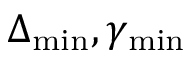
\Delta _ { \mathrm { m i n } } , \gamma _ { \mathrm { m i n } }